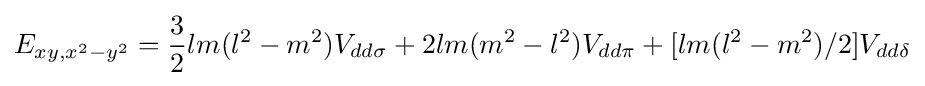
E_{xy,x^{2}-y^{2}}={\frac {3}{2}}lm(l^{2}-m^{2})V_{dd\sigma }+2lm(m^{2}-l^{2})V_{dd\pi }+[lm(l^{2}-m^{2})/2]V_{dd\delta }